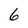
Character: 6